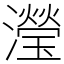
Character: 瀅